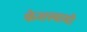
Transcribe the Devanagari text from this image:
केशस्वामी